Civil Veterinary Dept. Bombay admin report 1914-1922 - 1914-1922
Year: 1914
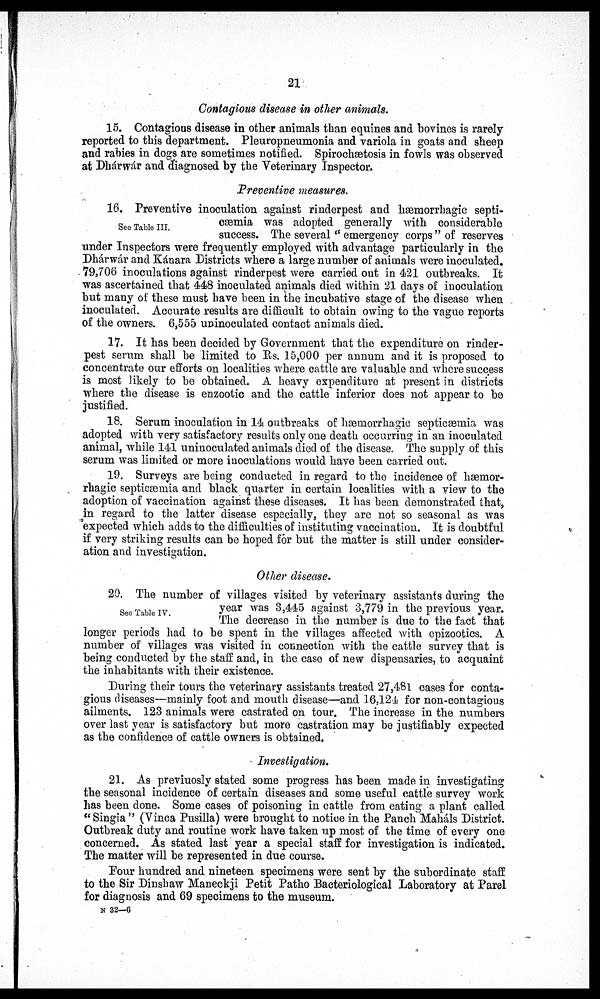
21
Contagious disease in other animals.
15. Contagious disease in other animals than equines and bovines is rarely-
reported to this department. Pleuropneumonia and variola in goats and sheep
and rabies in dogs are sometimes notified. Spirochætosis in fowls was observed
at Dhárwár and diagnosed by the Veterinary Inspector.
Preventive measures.
See Table III.
16. Preventive inoculation against rinderpest and hæmorrhagic septi-
cæmia was adopted generally with considerable
success. The several " emergency corps " of reserves
under Inspectors were frequently employed with advantage particularly in the
Dhárwár and Kánara Districts where a large number of animals were inoculated.
79,706 inoculations against rinderpest were carried out in 421 outbreaks. It
was ascertained that 448 inoculated animals died within 21 days of inoculation
but many of these must have been in the incubative stage of the disease when
inoculated. Accurate results are difficult to obtain owing to the vague reports
of the owners. 6,555 uninoculated contact animals died.
17. It has been decided by Government that the expenditure on rinder-
pest serum shall be limited to Rs. 15,000 per annum and it is proposed to
concentrate our efforts on localities where cattle are valuable and where success
is most likely to be obtained. A heavy expenditure at present in districts
where the disease is enzootic and the cattle inferior does not appear to be
justified.
18. Serum inoculation in 14 outbreaks of hæmorrhagic septicæmia was
adopted with very satisfactory results only one death occurring in an inoculated
animal, while 141 uninoculated animals died of the disease. The supply of this
serum was limited or more inoculations would have been carried out.
19. Surveys are being conducted in regard to the incidence of hæmor¬
rhagic septicæmia and black quarter in certain localities with a view to the
adoption of vaccination against these diseases. It has been demonstrated that,
in regard to the latter disease especially, they are not so seasonal as was
expected which adds to the difficulties of instituting vaccination. It is doubtful
if very striking results can be hoped for but the matter is still under consider-
ation and investigation.
Other disease.
See Table IV.
20. The number of villages visited by veterinary assistants during the
year was 3,445 against 3,779 in the previous year.
The decrease in the number is due to the fact that
longer periods had to be spent in the villages affected with epizootics. A
number of villages was visited in connection with the cattle survey that is
being conducted by the staff and, in the case of new dispensaries, to acquaint
the inhabitants with their existence.
During their tours the veterinary assistants treated 27,481 cases for conta-
gious diseases—mainly foot and mouth disease—and 16,124 for non-contagious
ailments. 123 animals were castrated on tour. The increase in the numbers
over last year is satisfactory but more castration may be justifiably expected
as the confidence of cattle owners is obtained.
Investigation.
21. As previuosly stated some progress has been made in investigating
the seasonal incidence of certain diseases and some useful cattle survey work
has been done. Some cases of poisoning in cattle from eating a plant called
"Singia" (Vinca Pusilla) were brought to notice in the Panch Maháls District.
Outbreak duty and routine work have taken up most of the time of every one
concerned. As stated last year a special staff for investigation is indicated.
The matter will be represented in due course.
Four hundred and nineteen specimens were sent by the subordinate staff
to the Sir Dinshaw Maneckji Petit Patho Bacteriological Laboratory at Parel
for diagnosis and 69 specimens to the museum.
N 32—6